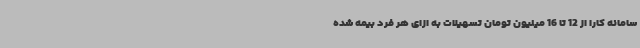
سامانه کارا از 12 تا 16 میلیون تومان تسهیلات به ازای هر فرد بیمه شده